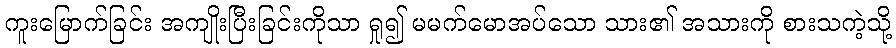
ကူးမြောက်ခြင်း အကျိုးပြီးခြင်းကိုသာ ရှု၍ မမက်မောအပ်သော သား၏ အသားကို စားသကဲ့သို့